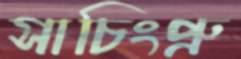
সাচিংপ্রু